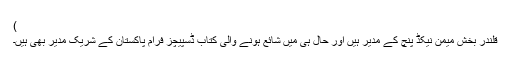
)
قلندر بخش میمن نیکڈ پنچ کے مدیر ہیں اور حال ہی میں شائع ہونے والی کتاب ڈسپیچز فرام پاکستان کے شریک مدیر بھی ہیں۔